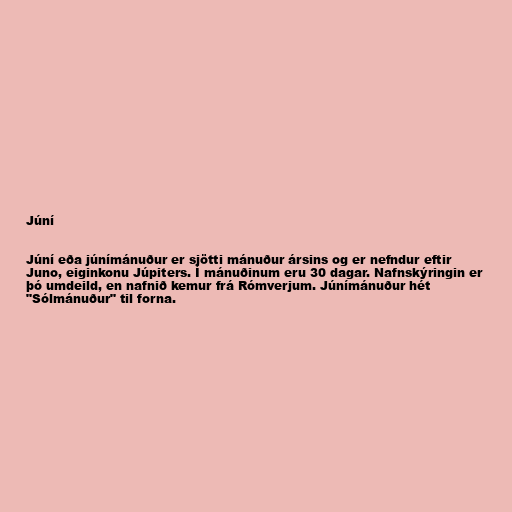
Júní

Júní eða júnímánuður er sjötti mánuður ársins og er nefndur eftir
Juno, eiginkonu Júpiters. Í mánuðinum eru 30 dagar. Nafnskýringin er
þó umdeild, en nafnið kemur frá Rómverjum. Júnímánuður hét
"Sólmánuður" til forna.